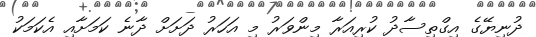
ދުނިޔޭގެ އިގްތިސާދު ކުރިއަރާ މިންވަރު މި އަހަރު ދަށަށް ދާނެ ކަމަށާއި އެކަމަކު